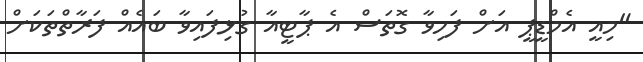
"މިއީ އެމްޑީޕީ އަށް ފަހިވާ ގޮތަސް އެ ޕާޓީއާ ގުޅިފައިވާ ބައެއް ފަރާތްތަކަށް